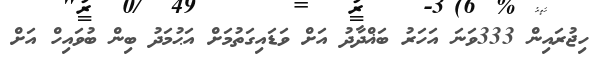
ހިޖުރައިން 333ވަނަ އަހަރު ބަޣްދާދު އަށް ވަޑައިގަތުމަށް އަޙުމަދު ބިން ބުވައިހް އަށް